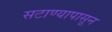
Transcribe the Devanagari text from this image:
सटाण्यापासून